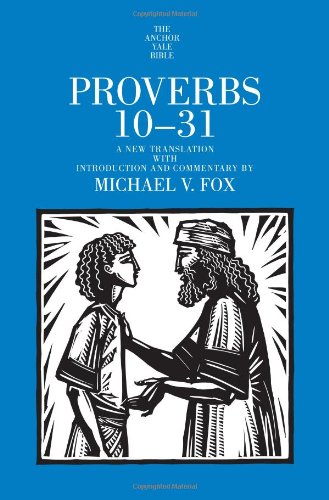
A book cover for Proverbs 10-31 (The Anchor Yale Bible Commentaries); Michael V. Fox; Christian Books & Bibles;